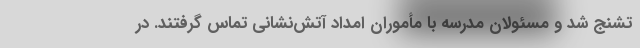
تشنج شد و مسئولان مدرسه با مأموران امداد آتش‌نشانی تماس گرفتند. در